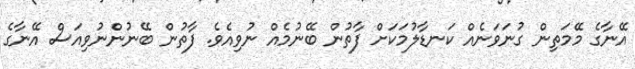
އޭނާގެ މޭމަތިން ގުނަވަނެއް ކަނޑާލުމަކަށް ފާތުން ބޭނުމެއް ނުވިއެވެ. ފާތުން ބޭނުންނުވިއަސް އޭނާގެ